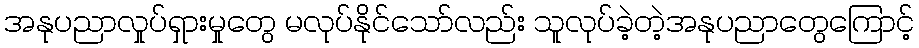
အနုပညာလှုပ်ရှားမှုတွေ မလုပ်နိုင်သော်လည်း သူလုပ်ခဲ့တဲ့အနုပညာတွေကြောင့်